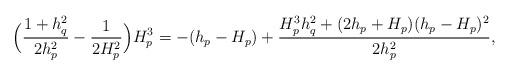
LaTeX: \begin{align*} \Big( \frac{1+h_q^2}{2h_p^2} - \frac 1{2H_p^2} \Big) H_p^3 &= -(h_p-H_p) + \frac{H_p^3 h^2_q + (2h_p + H_p)(h_p-H_p)^2}{2h_p^2}, \end{align*}